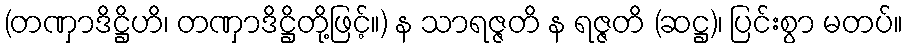
(တဏှာဒိဋ္ဌိဟိ၊ တဏှာဒိဋ္ဌိတို့ဖြင့်။) န သာရဇ္ဇတိ န ရဇ္ဇတိ (ဆဋ္ဌ)၊ ပြင်းစွာ မတပ်။